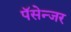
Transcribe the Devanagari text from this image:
पॅसेन्जर